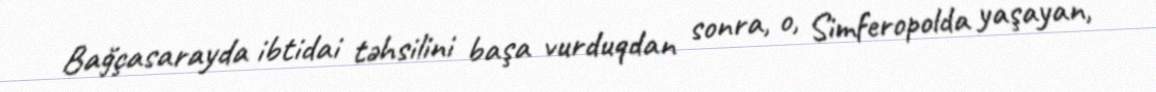
Bağçasarayda ibtidai təhsilini başa vurduqdan sonra, o, Simferopolda yaşayan,